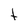
Character: t